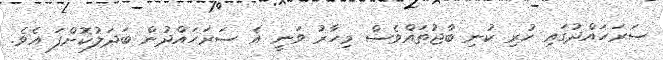
ސަރަހައްދުގައި ހުރި ކުނި ބާޖުތައްވެސް މިހާރު ވަނީ އެ ސަރަހައްދުން ބަދަލުކޮށްފަ އެވެ.